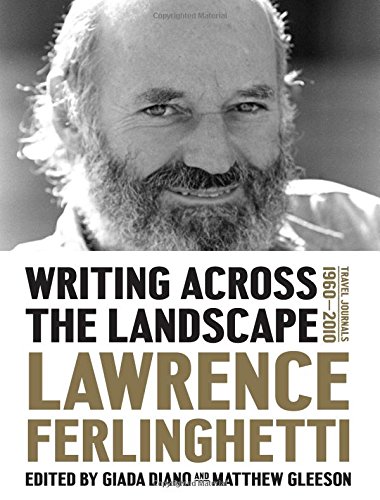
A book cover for Writing Across the Landscape: Travel Journals 1960-2013; Lawrence Ferlinghetti; Biographies & Memoirs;